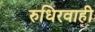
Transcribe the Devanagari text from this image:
रुधिरवाही